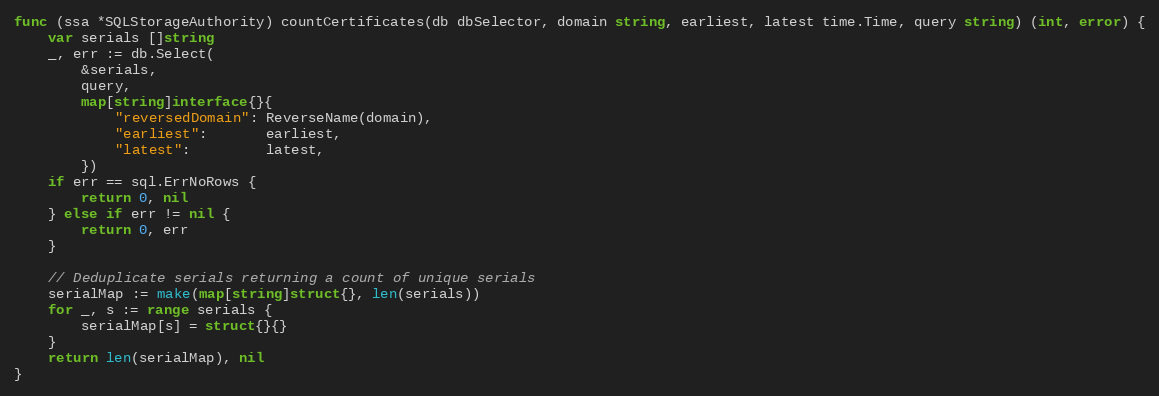
Language: Go
func (ssa *SQLStorageAuthority) countCertificates(db dbSelector, domain string, earliest, latest time.Time, query string) (int, error) {
	var serials []string
	_, err := db.Select(
		&serials,
		query,
		map[string]interface{}{
			"reversedDomain": ReverseName(domain),
			"earliest":       earliest,
			"latest":         latest,
		})
	if err == sql.ErrNoRows {
		return 0, nil
	} else if err != nil {
		return 0, err
	}

	// Deduplicate serials returning a count of unique serials
	serialMap := make(map[string]struct{}, len(serials))
	for _, s := range serials {
		serialMap[s] = struct{}{}
	}
	return len(serialMap), nil
}